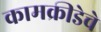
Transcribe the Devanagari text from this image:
कामक्रीडेचे